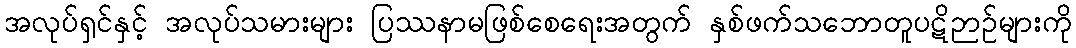
အလုပ်ရှင်နှင့် အလုပ်သမားများ ပြဿနာမဖြစ်စေရေးအတွက် နှစ်ဖက်သဘောတူပဋိဉာဉ်များကို